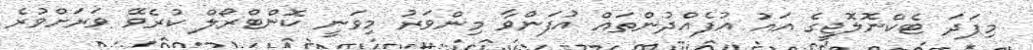
މިފަދަ ޓެކްނޮލޮޖީގެ އައު އުފެއްދުންތައް އުފަންވާ މިންވަރު މިވަނީ ކޮންޓްރޯލް ކުރެވޭ ވަރަށްވުރެ